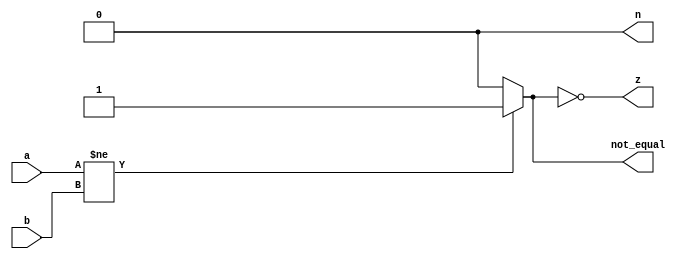
module rel_not_equal (input[31:0] a,b, output reg not_equal , z ,n);
   always @ (a,b)
    begin
       not_equal=(a!=b)?1:0;
       
       n = 0;
       z = !not_equal;
    end
endmodule